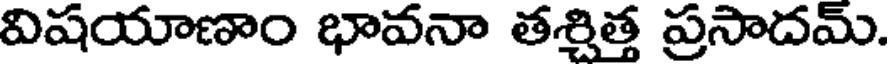
విషయాణాం భావనా తశ్చిత్త ప్రసాదమ్.